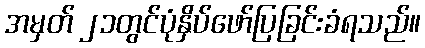
အမှတ် ၂၁တွင်ပုံနှိပ်ဖော်ပြခြင်းခံရသည်။